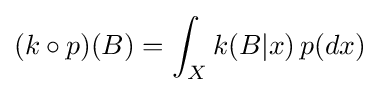
(k\circ p)(B)=\int _{X}k(B|x)\,p(dx)